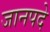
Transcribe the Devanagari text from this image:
जानपदे